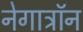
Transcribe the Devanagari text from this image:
नेगाट्रॉन